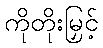
ကိုတိုးမြှင့်